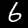
Label: 6